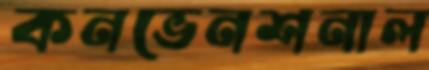
কনভেনশনাল